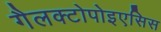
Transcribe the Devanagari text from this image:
गैलक्टोपोइएसिस